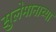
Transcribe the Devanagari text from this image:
सुलेमानाच्या